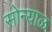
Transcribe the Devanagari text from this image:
सोन्याळ